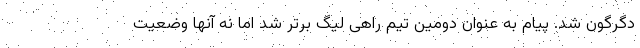
دگرگون شد. پیام به عنوان دومین تیم راهی لیگ برتر شد اما نه آنها وضعیت